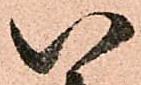
い